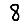
Digit: 8